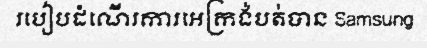
របៀបដំណើរការអេក្រង់បត់បាន Samsung